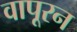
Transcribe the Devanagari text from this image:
वापूरन